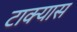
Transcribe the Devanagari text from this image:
टाक्यास